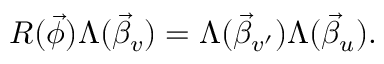
R ( \vec { \phi } ) \Lambda ( \vec { \beta } _ { v } ) = \Lambda ( \vec { \beta } _ { v ^ { \prime } } ) \Lambda ( \vec { \beta } _ { u } ) .